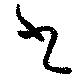
書